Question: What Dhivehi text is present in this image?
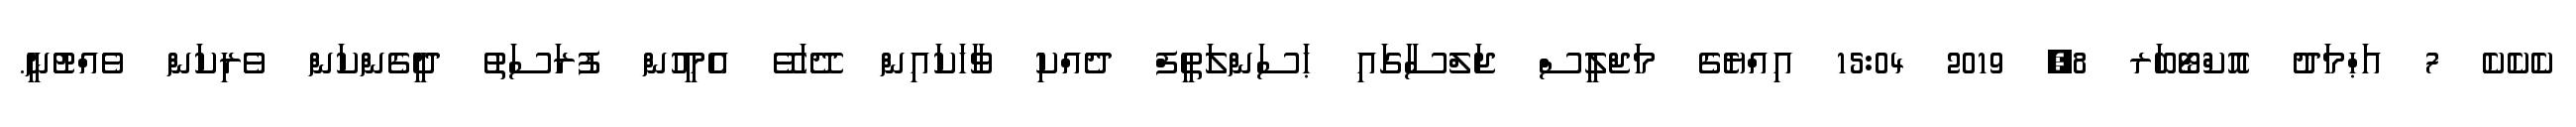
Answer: ކެކެކެ 7 އަޙްމަދު އޮކްޓޯބަރ 8, 2019 15:04 އިއްޔެގެ މަޖްލީސް ޖަލްސާގައި ޙަސަންލަތީފް ދެއްކި ވާހަކައިން ދޭހަވޭ އެމީހުން ފުރަސަތު ދީގެންކަން ވެރިކަން ވެއްޓުނީ.